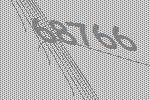
68766